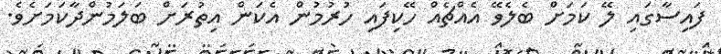
ފައިސާގައި ލޭ ކަމަށް ބެލެވޭ އެއްޗެއް ހޭކިފައި ހުރުމުން އެކަން އިތުރަށް ބަލަމުންދާކަމަށެވެ.